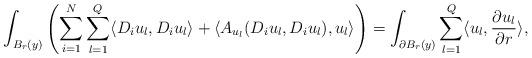
LaTeX: \begin{align*}\int_{B_r(y)} \left(\sum_{i=1}^N \sum_{l=1}^Q \langle D_iu_l, D_iu_l\rangle + \langle A_{u_l}(D_iu_l,D_iu_l), u_l\rangle\right) = \int_{\partial B_r(y)} \sum_{l=1}^Q \langle u_l, \frac{\partial u_l}{\partial r}\rangle,\end{align*}